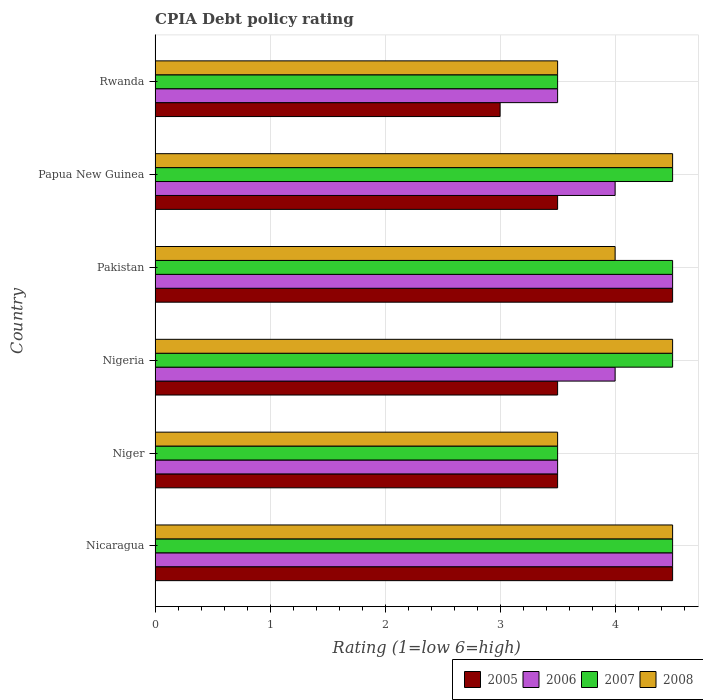
| Country | 2005 | 2006 | 2007 | 2008 |
 | --- | --- | --- | --- | --- |
 | Nicaragua | 4.5 | 4.5 | 4.5 | 4.5 |
 | Niger | 3.5 | 3.5 | 3.5 | 3.5 |
 | Nigeria | 3.5 | 4 | 4.5 | 4.5 |
 | Pakistan | 4.5 | 4.5 | 4.5 | 4 |
 | Papua New Guinea | 3.5 | 4 | 4.5 | 4.5 |
 | Rwanda | 3 | 3.5 | 3.5 | 3.5 |